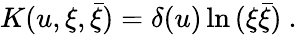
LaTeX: K(u,\xi,\bar{\xi})=\delta(u)\ln\, (\xi\bar{\xi})\ .